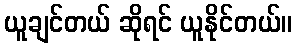
ယူချင်တယ် ဆိုရင် ယူနိုင်တယ်။